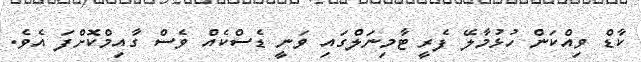
ކާޑް ވިއްކަން ހުޅުމާލޭ ފެރީ ޓާމިނަލްގައި ވަނީ ޑެސްކެއް ވެސް ގާއިމްކޮށްފަ އެވެ.